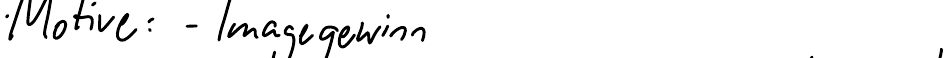
Motive: - Imagegewinn